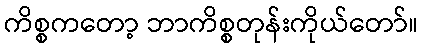
ကိစ္စကတော့ ဘာကိစ္စတုန်းကိုယ်တော်။